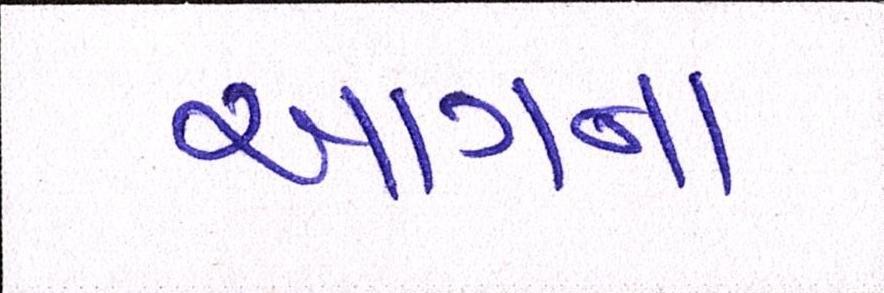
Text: આગના